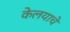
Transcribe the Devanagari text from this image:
केलयाचे